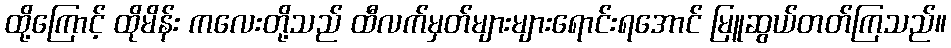
ထို့ကြောင့် ထိုမိန်း ကလေးတို့သည် ထီလက်မှတ်များများရောင်းရအောင် မြူဆွယ်တတ်ကြသည်။